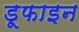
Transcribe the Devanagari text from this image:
डूफाइन